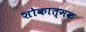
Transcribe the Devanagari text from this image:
शोकात्मक